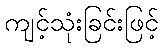
ကျင့်သုံးခြင်းဖြင့်